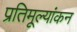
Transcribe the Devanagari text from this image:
प्रतिमूल्यांकन